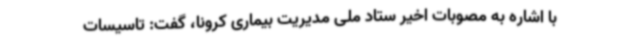
با اشاره به مصوبات اخیر ستاد ملی مدیریت بیماری کرونا، گفت: تاسیسات